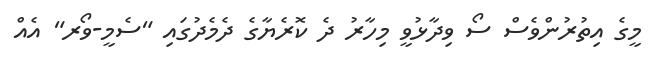
މީގެ އިތުރުންވެސް ސޯ ވިދާޅުވީ މިހާރު ދެ ކޮރެޔާގެ ދެމެދުގައި "ސެމީ-ވޯރ" އެއް